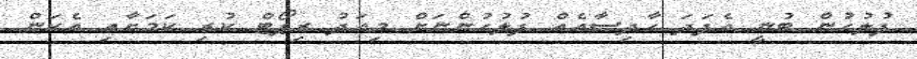
ފުލުހުން ބުނީ އެފަދަ ހާދިސާއެއް ފުލުހުންނަށް މިއަދު ރިޕޯޓް ކުރި ކަމަށާއި އެކަން